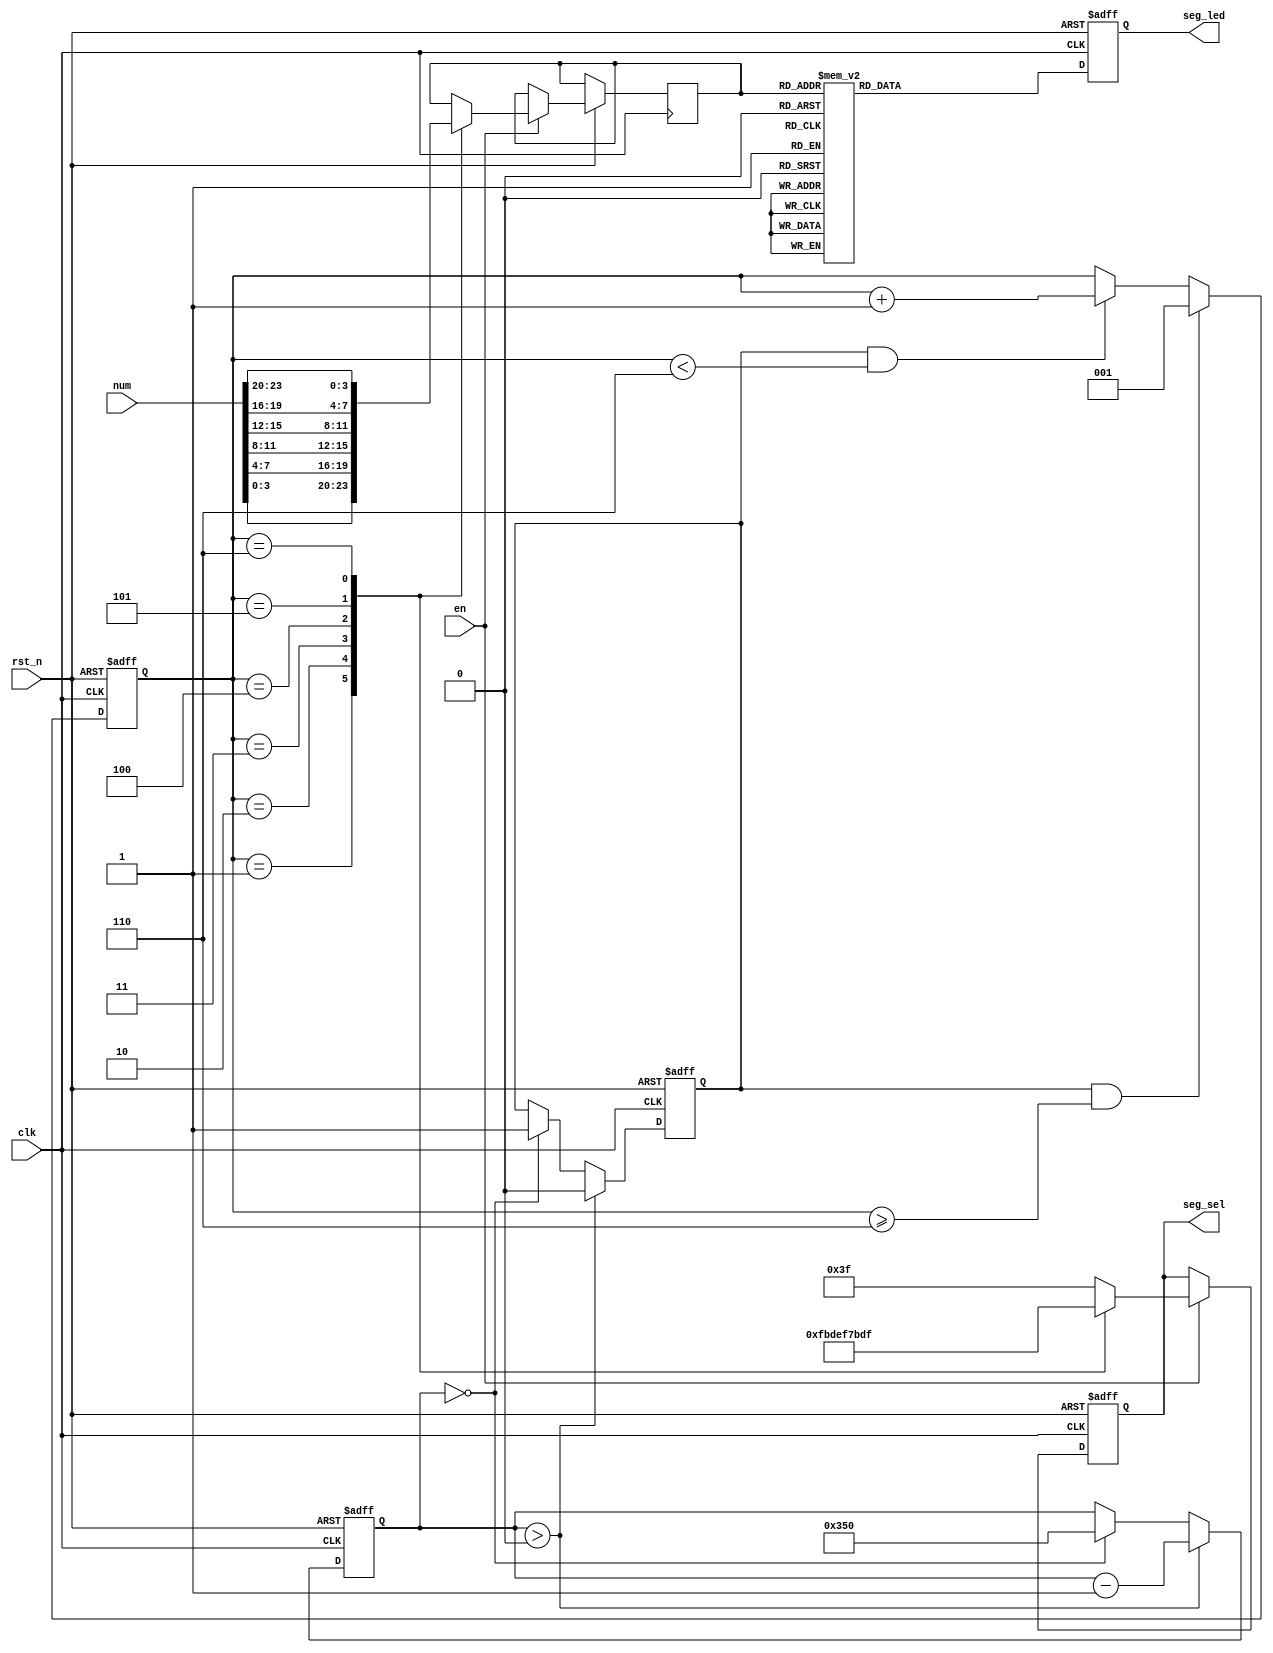
module seg_led (
    input             clk,
    input             rst_n,
    input             en,
    input      [23:0] num,

    output reg [5:0]  seg_sel,
    output reg [7:0]  seg_led  
);

reg            [2:0]  sel_cnt;
reg                   flag;
reg            [11:0] cnt; 
reg            [3:0]  date;      

always @(posedge clk, negedge rst_n) begin
    if (!rst_n) begin
        flag <= 1'd0;
        cnt <= 12'd50_000;
    end
    else if(cnt > 12'd0) begin
        cnt <= cnt - 1'd1;
        flag <= 1'd0;
    end
    else if (cnt == 12'd0) begin
        cnt <= 12'd50_000;
        flag <= 1'd1;
    end 
end

always @(posedge clk, negedge rst_n) begin
    if (!rst_n) begin
        sel_cnt <= 3'd0;
    end
    else if(flag == 1'd1 && sel_cnt >= 3'd6)
        sel_cnt <= 3'd1;
    else if(flag == 1'd1 && sel_cnt < 3'd6)
        sel_cnt <= sel_cnt + 1'd1;
end

always @(posedge clk, negedge rst_n) begin
    if(!rst_n ) 
        seg_sel <= 6'b111_111;
    else if(en) begin
        case (sel_cnt)
            3'd0: begin 
                seg_sel <=6'b111_111;
            end
            3'd1: begin 
                seg_sel <=6'b111_110;
                date <= num[3:0];
            end
            3'd2: begin 
                seg_sel <=6'b111_101;
                date <= num[7:4];
            end
            3'd3: begin 
                seg_sel <=6'b111_011;
                date <= num[11:8];
            end
            3'd4: begin 
                seg_sel <=6'b110_111;
                date <= num[15:12];
            end
            3'd5: begin 
                seg_sel <=6'b101_111;
                date <= num[19:16];
            end
            3'd6: begin 
                seg_sel <=6'b011_111;
                date <= num[23:20];
            end
            default: seg_sel <= 6'b111_111;
        endcase
    end
end

always @(posedge clk, negedge rst_n) begin
    if(!rst_n)
        seg_led <= 8'hc0;
    else begin
        case (date)
            4'd0 : seg_led <= 8'b11000000; //��ʾ���� 0
            4'd1 : seg_led <= 8'b11111001; //��ʾ���� 1
            4'd2 : seg_led <= 8'b10100100; //��ʾ���� 2
            4'd3 : seg_led <= 8'b10110000; //��ʾ���� 3
            4'd4 : seg_led <= 8'b10011001; //��ʾ���� 4
            4'd5 : seg_led <= 8'b10010010; //��ʾ���� 5
            4'd6 : seg_led <= 8'b10000010; //��ʾ���� 6
            4'd7 : seg_led <= 8'b11111000; //��ʾ���� 7
            4'd8 : seg_led <= 8'b10000000; //��ʾ���� 8
            4'd9 : seg_led <= 8'b10010000; //��ʾ���� 9
            4'd10: seg_led <= 8'b11111111;           //����ʾ�κ��ַ�
            default: 
                   seg_led <= 8'b11000000;
        endcase
    end
end

endmodule